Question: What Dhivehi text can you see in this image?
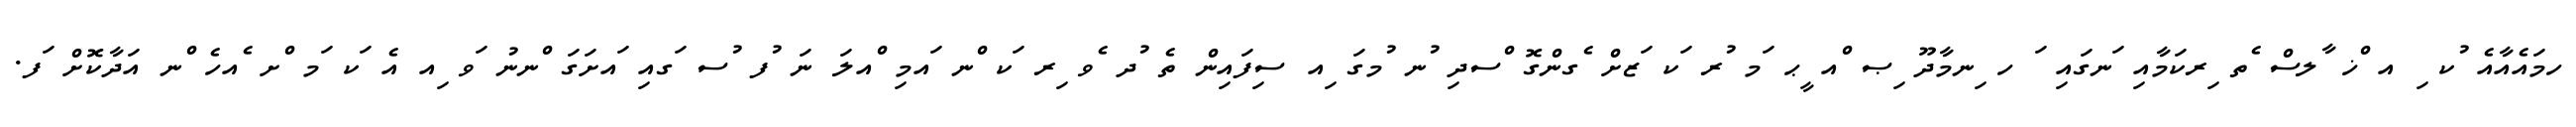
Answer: ހމައެއާއެ ުކ ި އ ްޚ ާލސް ެތ ިރކަމާއި ަނގައި ަ ހ ިނމާދޫ ިޞ ްއ ީޙ ަމ ުރ ަކ ަޒށް ެގންގޮ ްސދި ުނ ުމގަ ިއ ސިފައިން ތެ ުދ ެވ ިރ ަކ ްނ ައމި ްއލަ ނަ ުފ ުސ ަގއި ައށަގަ ްނނު ަވ ިއ އެ ަކ ަމ ްށ ެއހެ ްނ އަދާކޮށް ަފ.